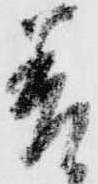
差